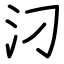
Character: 汈